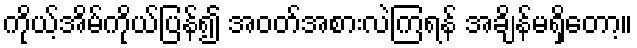
ကိုယ့်အိမ်ကိုယ်ပြန်၍ အဝတ်အစားလဲကြရန် အချိန်မရှိတော့။